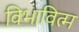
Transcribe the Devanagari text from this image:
विभावित्म